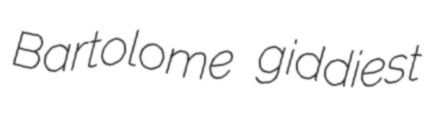
Bartolome giddiest